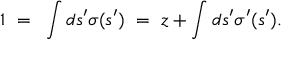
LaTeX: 1 ~ = ~ \int d s ^ { \prime } \sigma ( s ^ { \prime } ) ~ = ~ z + \int d s ^ { \prime } \sigma ^ { \prime } ( s ^ { \prime } ) .